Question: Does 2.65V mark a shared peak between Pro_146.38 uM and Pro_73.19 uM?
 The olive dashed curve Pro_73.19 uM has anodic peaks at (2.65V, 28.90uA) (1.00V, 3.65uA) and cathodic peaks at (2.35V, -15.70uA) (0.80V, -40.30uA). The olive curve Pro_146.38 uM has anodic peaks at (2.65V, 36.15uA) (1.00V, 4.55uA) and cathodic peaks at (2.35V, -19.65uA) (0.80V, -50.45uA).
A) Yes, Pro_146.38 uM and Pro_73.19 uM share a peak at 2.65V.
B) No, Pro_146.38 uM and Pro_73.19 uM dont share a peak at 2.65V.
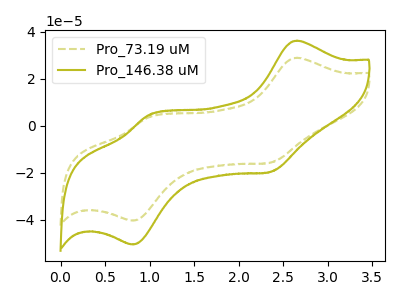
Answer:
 <answer>A) Yes, "Pro_146.38 uM" and "Pro_73.19 uM" share a peak at 2.65V.</answer>
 <eval>A</eval>